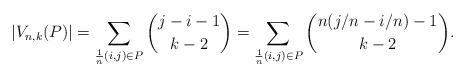
LaTeX: \begin{align*}|V_{n,k}(P)|= \sum_{\frac{1}{n}(i,j)\in P} \binom{j-i-1}{k-2} = \sum_{\frac{1}{n}(i,j)\in P} \binom{n(j/n-i/n)-1}{k-2}.\end{align*}